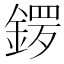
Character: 𨩡